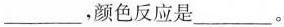
___，颜色反应是___。